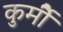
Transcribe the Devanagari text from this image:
कुर्मीै